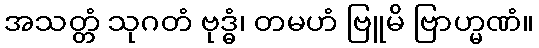
အသတ္တံ သုဂတံ ဗုဒ္ဓံ၊ တမဟံ ဗြူမိ ဗြာဟ္မဏံ။